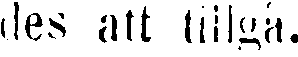
des att tillgå.